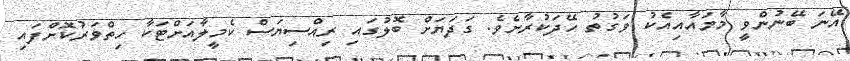
އޭނަ ބޭނުންވީ މާމައާއިއެކު ވަގުތު ހޭދަކުރާށެވެ. ގަދަޔަށް ބޮލުގައި ރިއްސިޔަސް ކެމީލާއަށްޓަކާ ހިތްވަރުކޮށްފައި